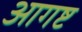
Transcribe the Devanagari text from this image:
आगष्ट